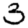
Digit: 3